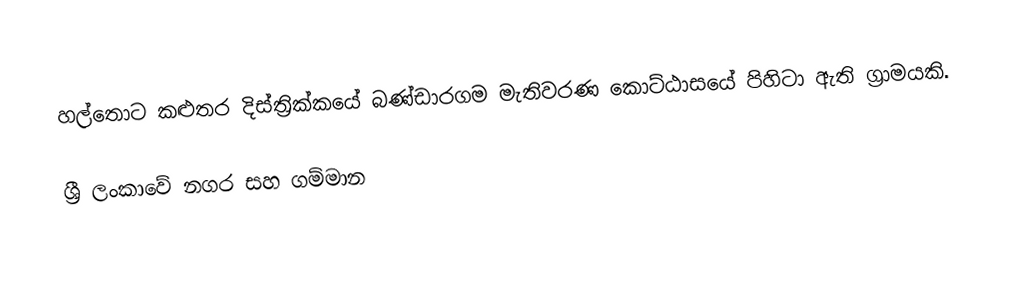
හල්තොට කළුතර දිස්ත්‍රික්කයේ බණ්ඩාරගම මැතිවරණ කොට්ඨාසයේ පිහිටා ඇති ග්‍රාමයකි.

ශ්‍රී ලංකාවේ නගර සහ ගම්මාන